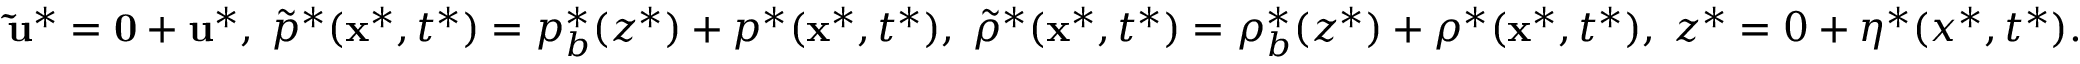
\begin{array} { r } { \mathbf { \tilde { u } ^ { * } } = \mathbf { 0 } + \mathbf { u } ^ { * } , \; \tilde { p } ^ { * } ( \mathbf { x } ^ { * } , t ^ { * } ) = p _ { b } ^ { * } ( z ^ { * } ) + p ^ { * } ( \mathbf { x } ^ { * } , t ^ { * } ) , \; \tilde { \rho } ^ { * } ( \mathbf { x } ^ { * } , t ^ { * } ) = \rho _ { b } ^ { * } ( z ^ { * } ) + \rho ^ { * } ( \mathbf { x } ^ { * } , t ^ { * } ) , \; z ^ { * } = 0 + \eta ^ { * } ( x ^ { * } , t ^ { * } ) . } \end{array}